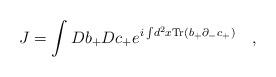
LaTeX: \begin{align*}J=\int D b_+Dc_+e^{i\int \! d^2x {\rm Tr}(b_+\partial_-c_+)} \quad,\end{align*}